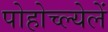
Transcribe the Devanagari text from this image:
पोहोच्ल्येलें